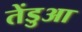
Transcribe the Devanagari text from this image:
तेंडुआ